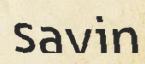
savin